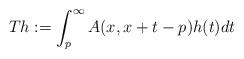
LaTeX: \begin{align*}Th := \int_p^\infty A(x, x + t - p)h(t)dt\end{align*}